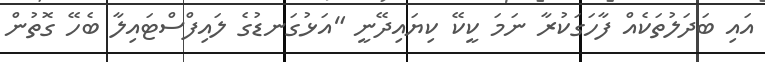
އައި ބަދަލުތަކެއް ފާހަގަކުރާ ނަމަ ކީކޭ ކިޔައިދޭނީ "އަޅުގަނޑުގެ ލައިފްސްޓައިލާ ބެހޭ ގޮތުން